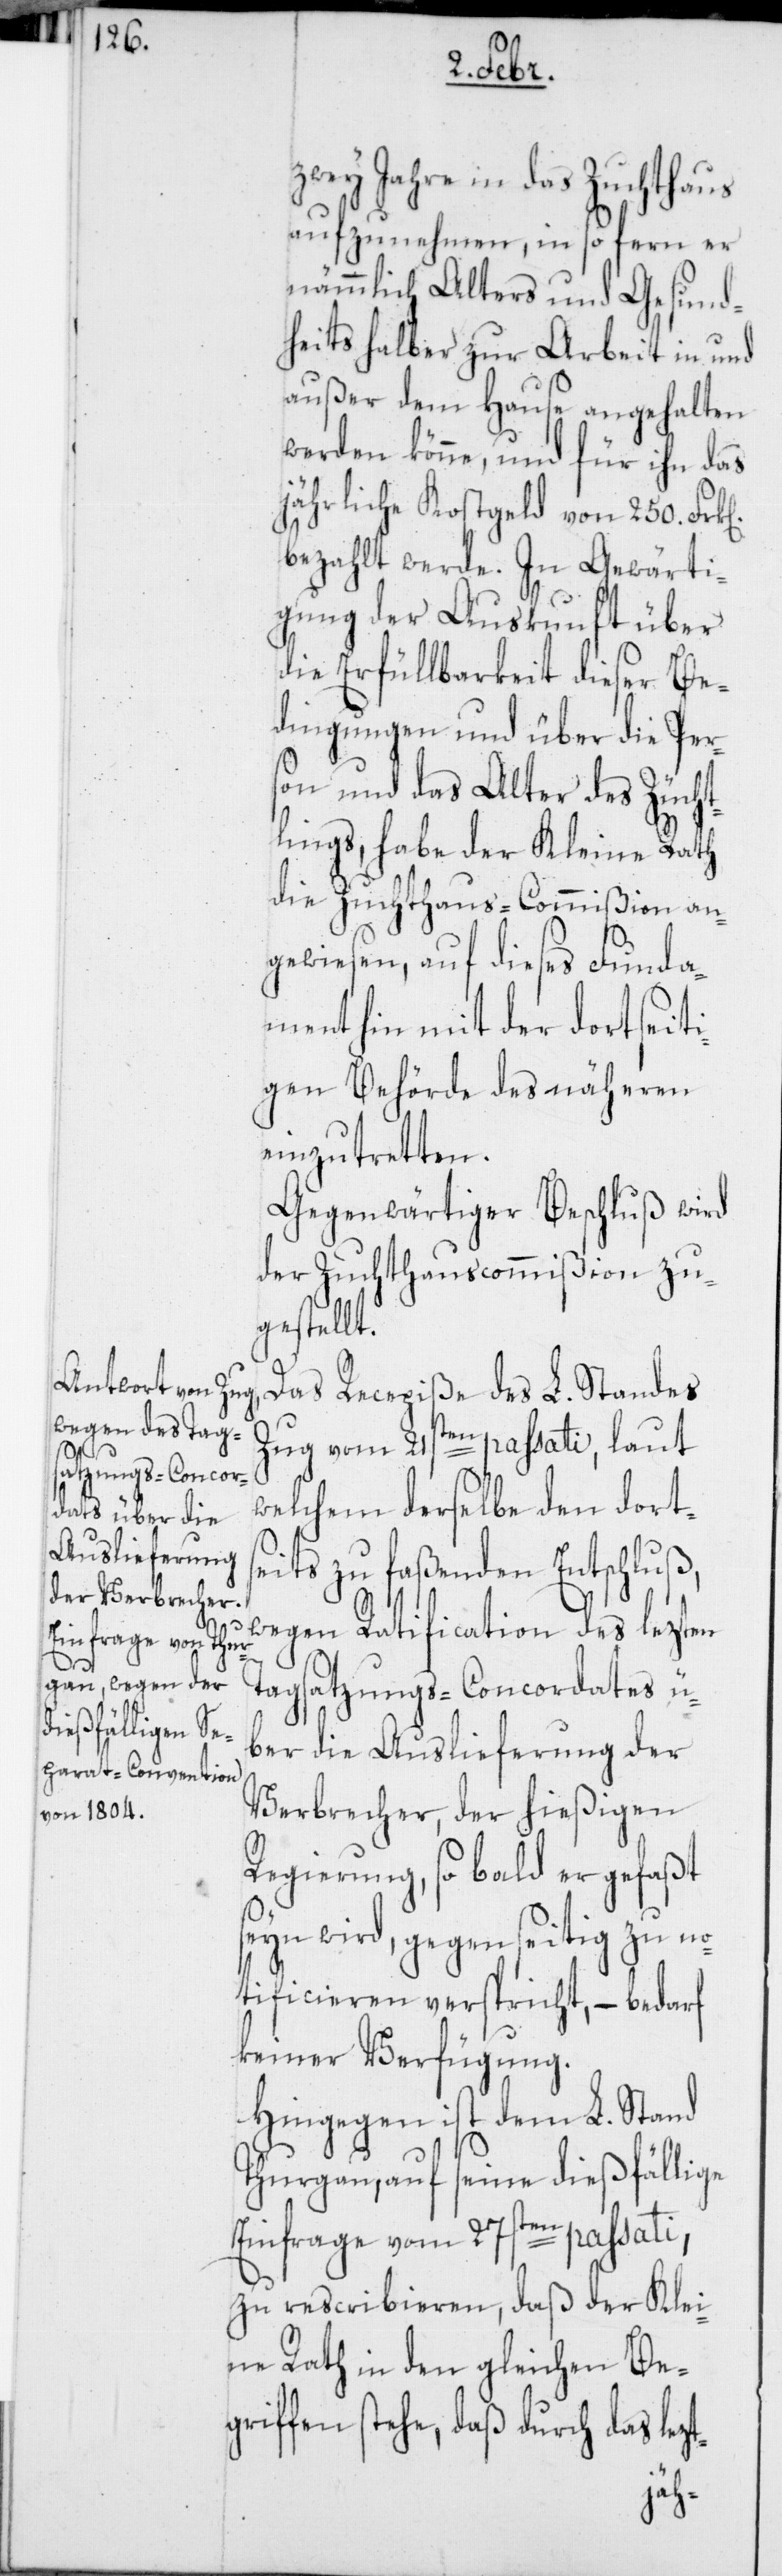
k[en].

zwey Jahre in das Zuchthaus
aufzunehmen, in so fern er
nämmlich Alters[-] und Gesund¬
heits halber zur Arbeit in und
außer dem Hause angehalten
werden könne, und für ihn das
jährliche Kostgeld von 250. Fr¬
bezahlt werde. In Gewärti¬
gung der Auskunft über
die Erfüllbarkeit dieser Be¬
dingungen und über die Pers¬
on und das Alter des Zücht¬
lings, habe der Kleine Rath
die Zuchthaus-Commißion an¬
gewiesen, auf dieses Funda¬
ment hin mit der dortseit¬
igen Behörde des näheren
einzutretten.
Gegenwärtiger Beschluß wird
der Zuchthauscommißion zu¬
gestellt.
Das Recepiße des L. Standes
Zug vom 21sten passati, laut
welchem derselbe den dorts¬
eits zu faßenden Entschluß,
wegen Ratification des lezten
Tagsatzungs-Concordates ü¬
ber die Auslieferung der
Verbrecher, der hießigen
Regierung, so bald er gefaßt
seyn wird, gegenseitig zu no¬
tificieren verspricht, – bedarf
keiner Verfügung.
Hingegen ist dem L. Stand
Thurgau, auf seine dießfällige
Einfrage vom 27sten passati
zu rescribieren, daß der Klei¬
ne Rath in den gleichen Be¬
griffen stehe, daß durch das le¬
zt-